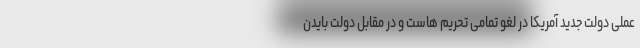
عملی دولت جدید آمریکا در لغو تمامی تحریم هاست و در مقابل دولت بایدن